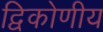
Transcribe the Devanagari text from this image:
द्विकोणीय